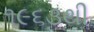
૧૯૬૩થી